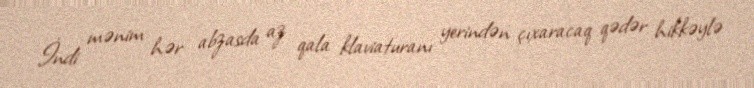
İndi mənim hər abzasda az qala klaviaturanı yerindən çıxaracaq qədər hikkəylə